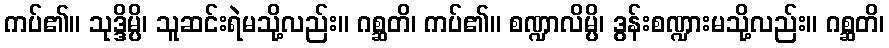
ကပ်၏။ သုဒ္ဒိမ္ပိ၊ သူဆင်းရဲမသို့လည်း။ ဂစ္ဆတိ၊ ကပ်၏။ စဏ္ဍာလိမ္ပိ၊ ဒွန်းစဏ္ဍားမသို့လည်း။ ဂစ္ဆတိ၊